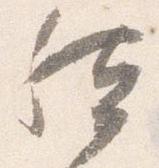
然